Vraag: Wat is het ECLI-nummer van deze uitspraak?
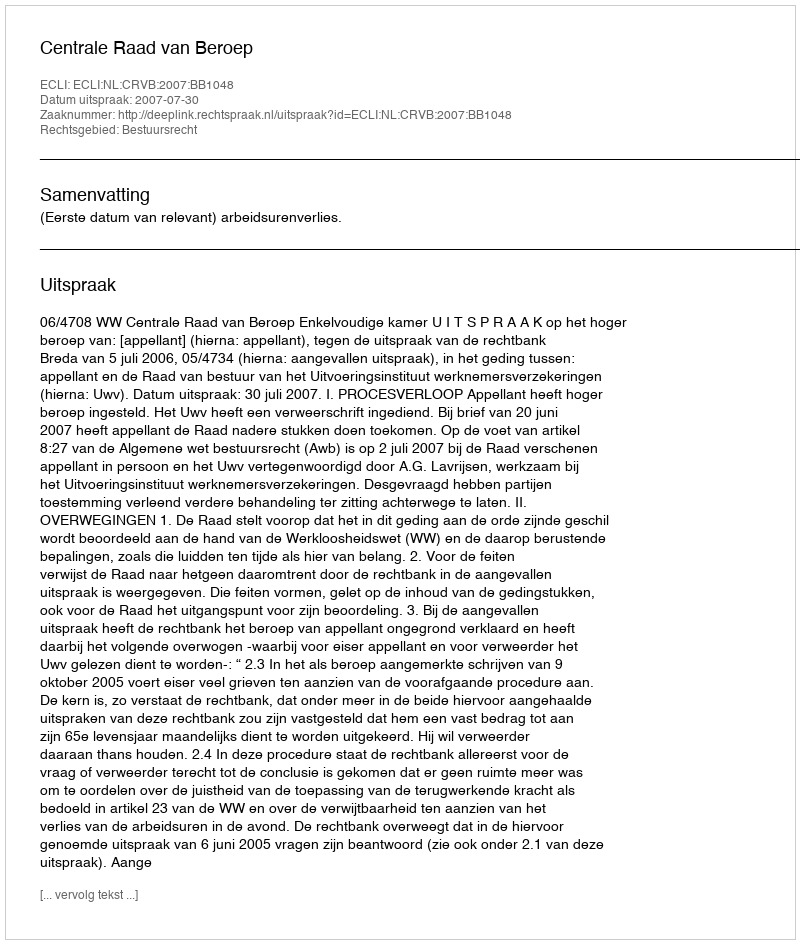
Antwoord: ECLI:NL:CRVB:2007:BB1048